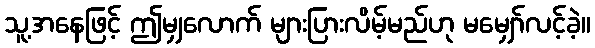
သူ့အနေဖြင့် ဤမျှလောက် များပြားလိမ့်မည်ဟု မမျှော်လင့်ခဲ့။